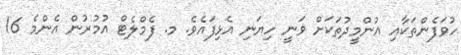
ހުވަފެންތަކާއި އުންމީދުތަކަށް ވަނީ ހިޔަނި އެޅިފައެވެ. މ. ފެމްލެޓް އުމުރުން އެންމެ 16